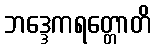
ဘဒ္ဒေကရတ္တောတိ